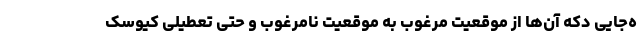
ه‌جایی دکه آن‌ها از موقعیت مرغوب به موقعیت نامرغوب و حتی تعطیلی کیوسک